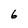
Character: 6